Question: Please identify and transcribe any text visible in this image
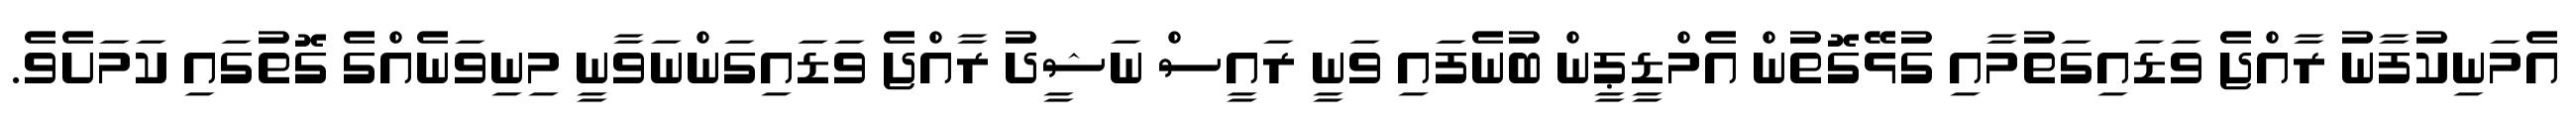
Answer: އެމަނިކުފާނު ރާއްޖެ ވަޑައިގަތުމާއި ގުޅޭގޮތުން އެމްޑީޕީން ބުނެފައި ވަނީ ރައީސް ނަޝީދު ރާއްޖެ ވަޑައިގަންނަވާނީ މިނިވަނެއްގެ ގޮތުގައި ކަމަށެވެ.